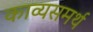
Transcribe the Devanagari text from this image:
काव्यसमर्थ